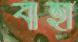
বাহা